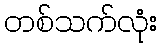
တစ်သက်လုံး